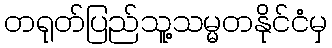
တရုတ်ပြည်သူ့သမ္မတနိုင်ငံမှ